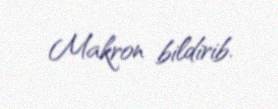
Makron bildirib.